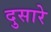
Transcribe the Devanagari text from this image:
दुसारे